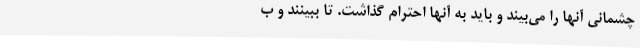
چشمانی آنها را می‌بیند و باید به آنها احترام گذاشت. تا ببینند و ب